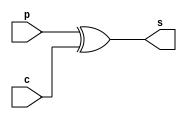
module su_4bits(p, c, s);
input [3:0] p, c;
output[3:0] s;
assign s = p ^ c;
endmodule